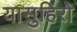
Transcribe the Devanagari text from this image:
यासुहिरो